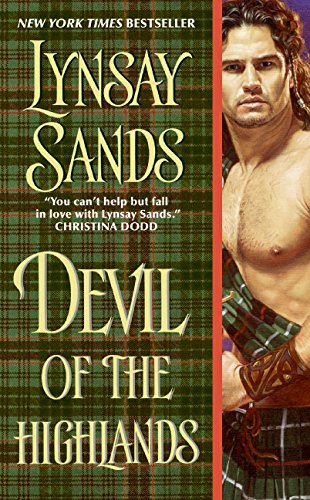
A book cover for Devil of the Highlands (Historical Highlands); Lynsay Sands; Romance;